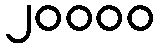
၂၀၀၀၀